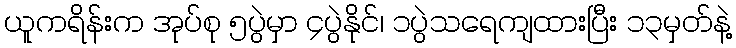
ယူကရိန်းက အုပ်စု ၅ပွဲမှာ ၄ပွဲနိုင်၊ ၁ပွဲသရေကျထားပြီး ၁၃မှတ်နဲ့